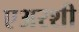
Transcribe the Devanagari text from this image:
एअरशी